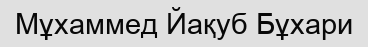
Мұхаммед Йақуб Бұхари